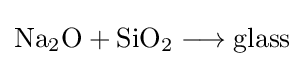
{\mathrm {Na} {\vphantom {A}}_{\smash[{t}]{2}}\mathrm {O} {}+{}\mathrm {SiO} {\vphantom {A}}_{\smash[{t}]{2}}{}\mathrel {\longrightarrow } {}\mathrm {glass} }